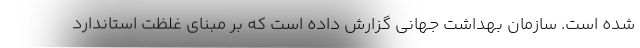
شده است. سازمان بهداشت جهانی گزارش داده است که بر مبنای غلظت استاندارد